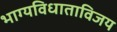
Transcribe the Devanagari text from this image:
भाग्यविधाताविजय